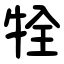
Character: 牷